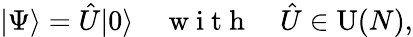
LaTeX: |\Psi\rangle=\hat{U}|0\rangle\quad\mathrm{~w~i~t~h~}\quad\hat{U}\in\operatorname{U}(N),